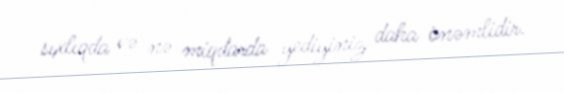
sıxlıqda və nə miqdarda yediyiniz daha önəmlidir.